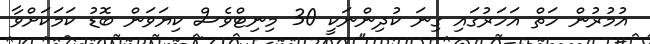
އުމުރުން ހަތް އަހަރުގައި ގިނަ ކުދިންނަކީ 30 މިނިޓްވެސް ކިޔަވަން ބޮޑު ކަމަކަށްވާ